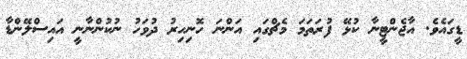
ޑީގައެވެ. އާޖެންޓީނާ ކުޅޭ ފުރަތަމަ މެޗްގައި އަންނަ ހޮނިހިރު ދުވަހު ނުކުންނާނީ އައިސްލޭންޑާ